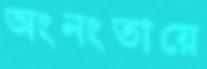
অংনংতায়ে